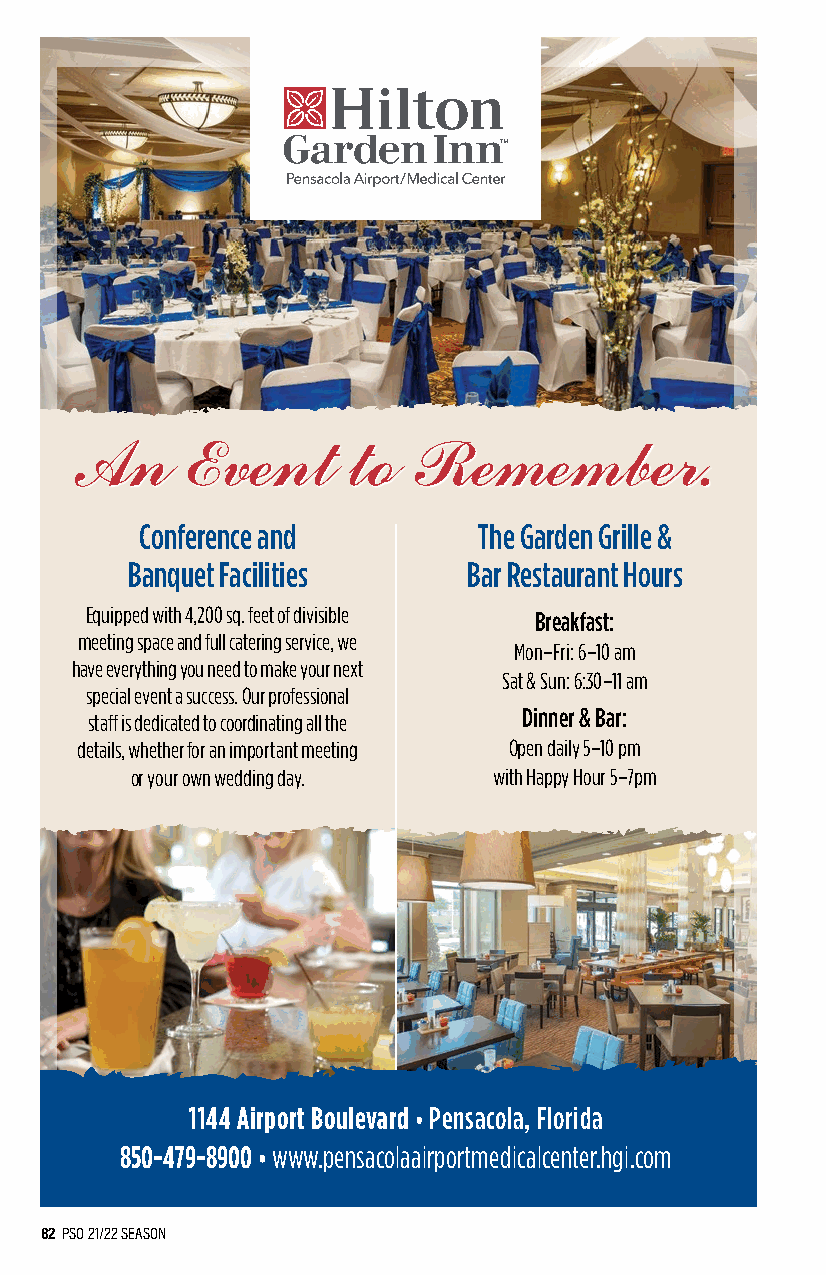
An     Event      to  Remember.
 Conference and         The Garden Grille &
 Banquet Facilities     Bar Restaurant Hours
 Equipped with 4,200 sq. feet of divisible Breakfast:
 meeting space and full catering service, we
 Mon–Fri: 6–10 am
 have everything you need to make your next
 Sat & Sun: 6:30–11 am
 special event a success. Our professional
 Dinner & Bar:
 staff is dedicated to coordinating all the
 details, whether for an important meeting Open daily 5–10 pm
 or your own wedding day. with Happy Hour 5–7pm
 1144 Airport Boulevard • Pensacola, Florida
 850-479-8900 • www.pensacolaairportmedicalcenter.hgi.com
 82 PSO 21/22 SEASON